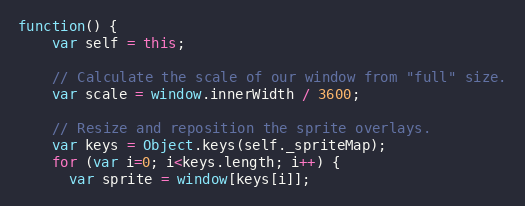
Language: JavaScript
function() {
    var self = this;

    // Calculate the scale of our window from "full" size.
    var scale = window.innerWidth / 3600;

    // Resize and reposition the sprite overlays.
    var keys = Object.keys(self._spriteMap);
    for (var i=0; i<keys.length; i++) {
      var sprite = window[keys[i]];